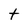
Character: t